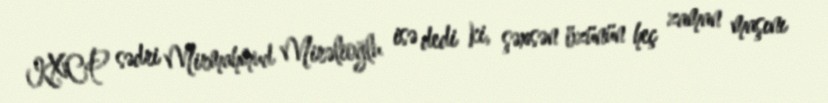
KXCP sədri Mirmahmud Mirəlioğlu isə dedi ki, şəxsən özünün heç zaman maşını